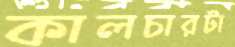
কালচারটা